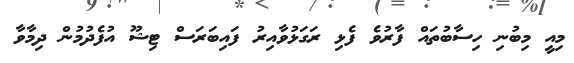
މިއީ މިބުނި ހިސާބުތައް ފާރުވެ ފެޅި ރަގަޅުވާއިރު ފައިބަރަސް ޓިޝޫ އުފެދުމުން ދިމާވާ